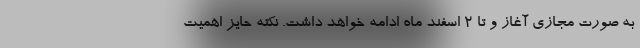
به صورت مجازی آغاز و تا 2 اسفند ماه ادامه خواهد داشت. نکته حایز اهمیت